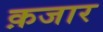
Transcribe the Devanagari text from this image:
क़जार